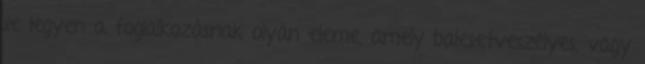
se legyen a foglalkozásnak olyan eleme, amely balesetveszélyes, vagy